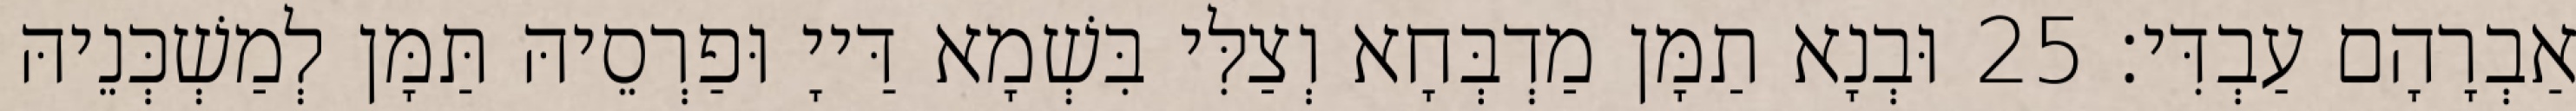
אַבְרָהָם עַבְדִּי׃ 25 וּבְנָא תַמָּן מַדְבְּחָא וְצַלִּי בִּשְׁמָא דַּייָ וּפַרְסֵיהּ תַּמָּן לְמַשְׁכְּנֵיהּ